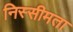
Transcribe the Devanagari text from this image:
निस्सीमता